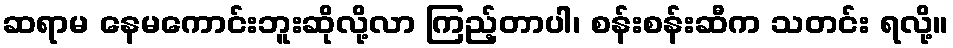
ဆရာမ နေမကောင်းဘူးဆိုလို့လာ ကြည့်တာပါ၊ စန်းစန်းဆီက သတင်း ရလို့။